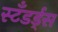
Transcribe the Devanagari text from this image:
स्टँडर्ड्‌स